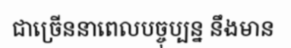
ជាច្រើននាពេលបច្ចុប្បន្ន នឹងមាន